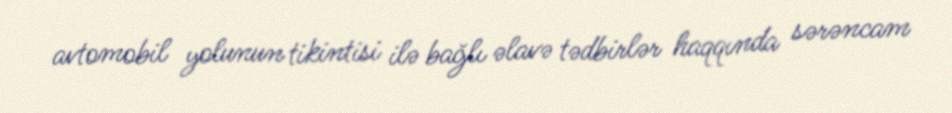
avtomobil yolunun tikintisi ilə bağlı əlavə tədbirlər haqqında sərəncam